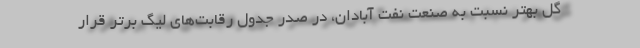
گل بهتر نسبت به صنعت نفت آبادان، در صدر جدول رقابت‌های لیگ برتر قرار